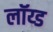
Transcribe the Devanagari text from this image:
लॉय्ड